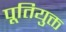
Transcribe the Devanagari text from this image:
पूतियुक्त